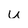
Character: u